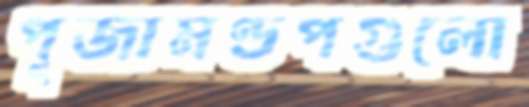
পূজামণ্ডপগুলো